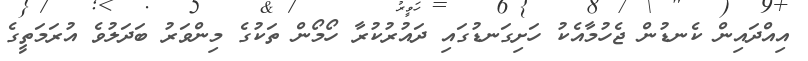
އިއްދައިން ކެނޑުން ޖެހުމާއެކު ހަށިގަނޑުގައި ދައުރުކުރާ ހޯމޯން ތަކުގެ މިންވަރު ބަދަލުވެ އުރަމަތީގެ